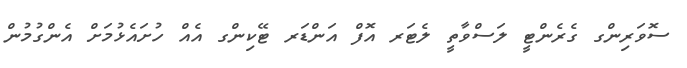
ސޮވަރިންގ ގެރެންޓީ ލަސްވާތީ ލެޓަރ އޮފް އަންޑަރ ޓޭކިންގ އެއް ހުށައެޅުމަށް އެންގުމުން